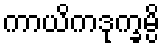
ကာယိကဒုက္ခမ္ပိ